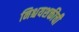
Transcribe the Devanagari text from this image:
निश्चयशक्तीची